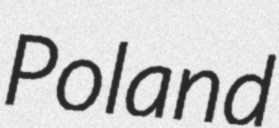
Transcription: Poland